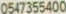
0547355400